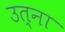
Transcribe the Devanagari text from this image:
उत्ना